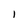
Character: I